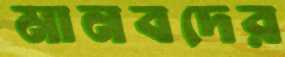
মানবদের